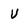
Character: V